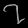
Digit: ၇